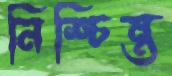
নিশ্চিন্ত